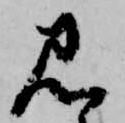
見